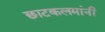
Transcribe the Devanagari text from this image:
छाटकलमांनी